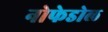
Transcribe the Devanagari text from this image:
नोफेडोल